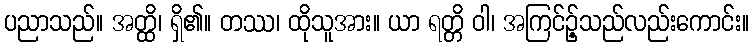
ပညာသည်။ အတ္ထိ၊ ရှိ၏။ တဿ၊ ထိုသူအား။ ယာ ရတ္တိ ဝါ၊ အကြင်ဉ့်သည်လည်းကောင်း။